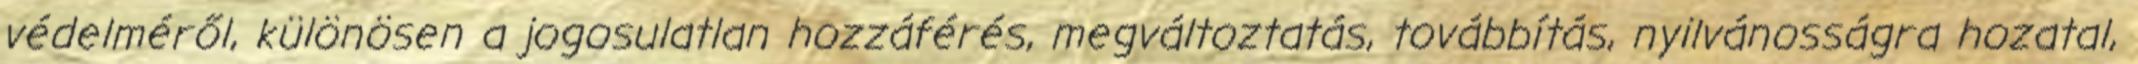
védelméről, különösen a jogosulatlan hozzáférés, megváltoztatás, továbbítás, nyilvánosságra hozatal,